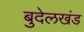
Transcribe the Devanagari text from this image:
बुदेलखंड